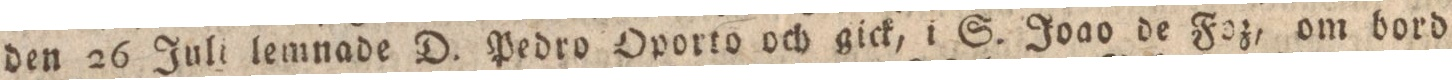
den 26 Juli lemnade D. Pedro Oporto och gick, i S. Joao de Foz, om bord